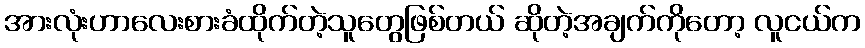
အားလုံးဟာလေးစားခံထိုက်တဲ့သူတွေဖြစ်တယ် ဆိုတဲ့အချက်ကိုတော့ လူငယ်က